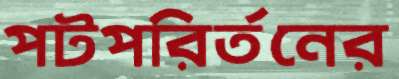
পটপরির্তনের